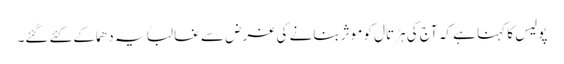
پولیس کا کہنا ہے کہ آج کی ہڑتال کو موثر بنانے کی غرض سے غالباً یہ دھماکے کئے گئے۔